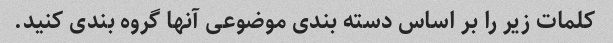
کلمات زیر را بر اساس دسته بندی موضوعی آنها گروه بندی کنید.